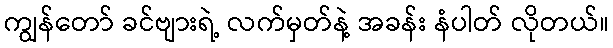
ကျွန်တော် ခင်ဗျားရဲ့ လက်မှတ်နဲ့ အခန်း နံပါတ် လိုတယ်။